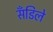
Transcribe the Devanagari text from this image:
सँडिले